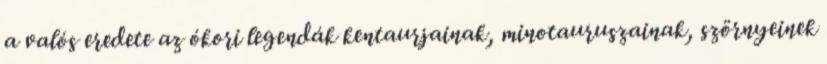
a valós eredete az ókori legendák kentaurjainak, minotauruszainak, szörnyeinek